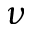
\nu